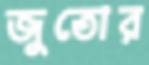
জুতোর